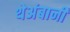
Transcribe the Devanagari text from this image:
थेअंबानी